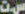
ست